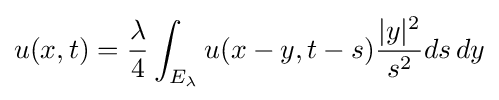
u(x,t)={\frac {\lambda }{4}}\int _{E_{\lambda }}u(x-y,t-s){\frac {|y|^{2}}{s^{2}}}ds\,dy